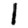
Digit: 1